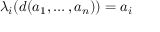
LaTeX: \lambda _ { i } ( d ( a _ { 1 } , \ldots , a _ { n } ) ) = a _ { i }